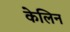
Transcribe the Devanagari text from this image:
केलिन